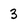
Character: 3